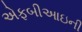
એફબીઆઇની